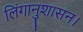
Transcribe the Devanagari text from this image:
लिंगानुशासन।